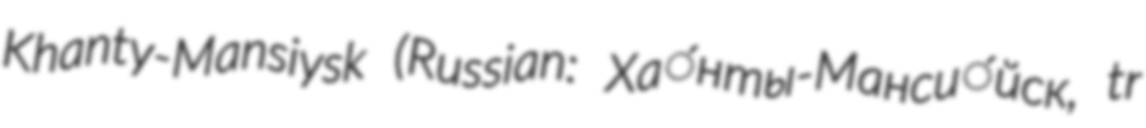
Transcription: Khanty-Mansiysk (Russian: Ха́нты-Манси́йск, tr